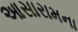
આસારામના